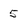
Character: 5